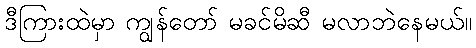
ဒီကြားထဲမှာ ကျွန်တော် မခင်မိဆီ မလာဘဲနေမယ်။